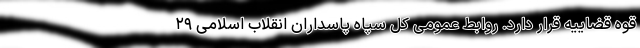
قوه قضاییه قرار دارد. روابط عمومی کل سپاه پاسداران انقلاب اسلامی ۲۹